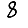
Digit: 8